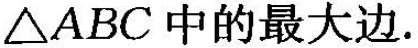
\triangle ABC中的最大边.